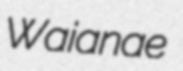
Waianae